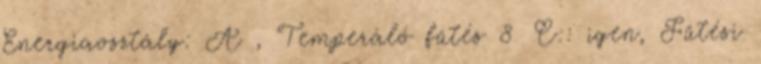
Energiaosztály: A , Temperáló fűtés 8 °C:: igen, Fűtési